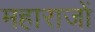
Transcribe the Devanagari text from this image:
महाराजों